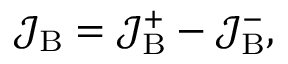
\mathcal { J } _ { \mathrm { B } } = \mathcal { J } _ { \mathrm { B } } ^ { + } - \mathcal { J } _ { \mathrm { B } } ^ { - } ,